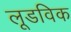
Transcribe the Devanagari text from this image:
लूडविक